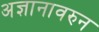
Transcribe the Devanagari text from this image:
अज्ञानावरुन